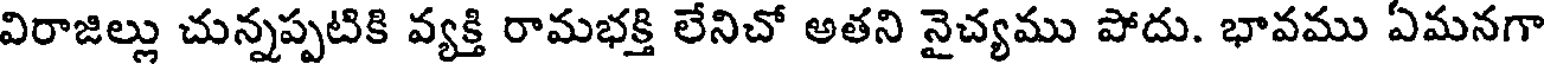
విరాజిల్లు చున్నప్పటికి వ్యక్తి రామభక్తి లేనిచో అతని నైచ్యము పోదు. భావము ఏమనగా